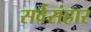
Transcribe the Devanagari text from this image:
सर्वसंहार